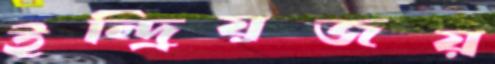
ইন্দ্রিয়জয়